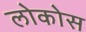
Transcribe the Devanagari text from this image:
लोकोस